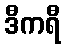
ဒီကရီ